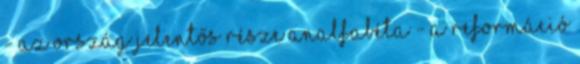
- az ország jelentős része analfabéta - a reformáció